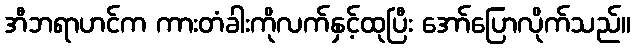
အီဘရာဟင်က ကားတံခါးကိုလက်နှင့်ထုပြီး အော်ပြောလိုက်သည်။